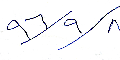
٩٦/٩/٨